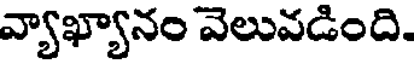
వ్యాఖ్యానం వెలువడింది.